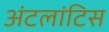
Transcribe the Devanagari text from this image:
अंटलांटिस